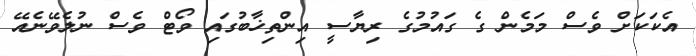
އެކަކަށް ވެސް މަމެން ގެ ގައުމުގެ ރިޔާސީ އިންތިޚާބުގައި ވޯޓް ވެސް ނުލެވޭނެއޭ